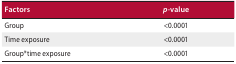
<table><thead><tr><td><b>Factors</b></td><td><b><i>p-</i>value</b></td></tr></thead><tbody><tr><td>Group</td><td>&lt;0.0001</td></tr><tr><td>Time exposure</td><td>&lt;0.0001</td></tr><tr><td>Group*time exposure</td><td>&lt;0.0001</td></tr></tbody></table>